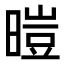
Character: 暟